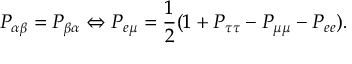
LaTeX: P _ { \alpha \beta } = P _ { \beta \alpha } \Leftrightarrow P _ { e \mu } = \frac { 1 } { 2 } ( 1 + P _ { \tau \tau } - P _ { \mu \mu } - P _ { e e } ) .